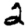
Digit: 2